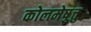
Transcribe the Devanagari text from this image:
कोलमेष़ुत्तु